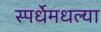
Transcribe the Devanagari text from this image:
स्पर्धेमधल्या